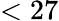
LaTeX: <27